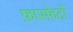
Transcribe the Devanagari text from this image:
फ़ास्फ़ेटों